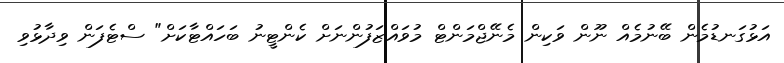
އަޅުގަނޑުމެން ބޭނުމެއް ނޫން ވަކިން މެނޭޖްމަންޓް މުވައްޒަފުންނަށް ކެންޓީނު ބަހައްޓާކަށް" ސްޓެފަން ވިދާޅުވި